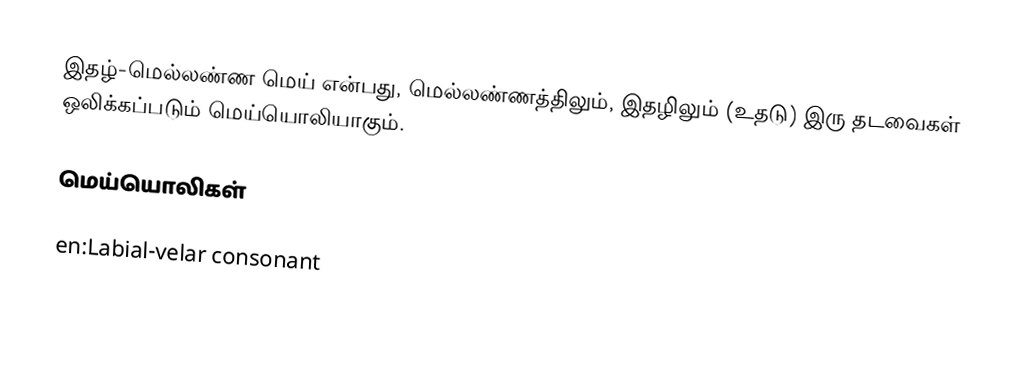
இதழ்-மெல்லண்ண மெய் என்பது, மெல்லண்ணத்திலும், இதழிலும் (உதடு) இரு தடவைகள் ஒலிக்கப்படும் மெய்யொலியாகும்.

மெய்யொலிகள்

en:Labial-velar consonant